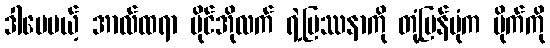
ဒါပေမယ့် အာလ်ထရာ ဗိုင်အိုလက် ရဲ့ပြဿနာကို တုံ့ပြန်ပုံက ဗိုက်ကို